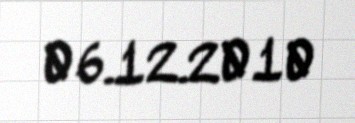
06.12.2010